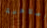
إصلاحية